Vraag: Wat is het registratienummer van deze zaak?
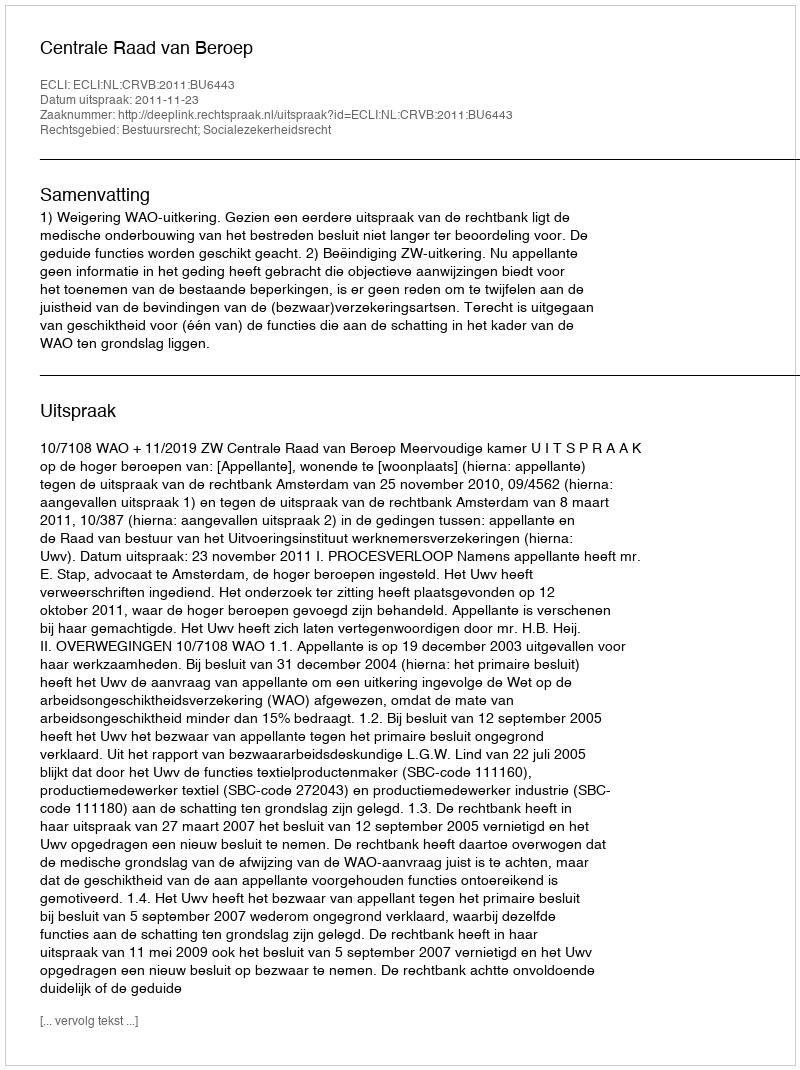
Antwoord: http://deeplink.rechtspraak.nl/uitspraak?id=ECLI:NL:CRVB:2011:BU6443